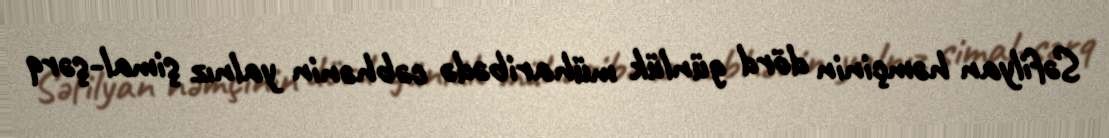
Səfilyan həmçinin dörd günlük müharibədə cəbhənin yalnız şimal-şərq